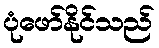
ပုံဖော်နိုင်သည်